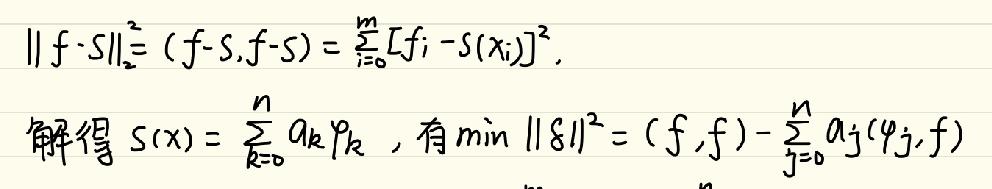
\(\|f - s\|_2^2&=(f - s,f - s)=\sum_{i = 0}^{m}[f_i - s(x_i)]^2,\)\\
解得\(s(x)&=\sum_{k = 0}^{n}a_k\varphi_k,\)有\(\min \|s\|^2=(f,f)-\sum_{j = 0}^{n}a_j(\varphi_j,f)\)